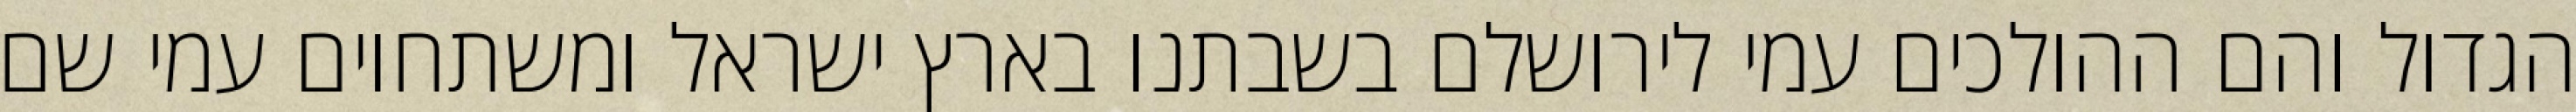
הגדול והם ההולכים עמי לירושלם בשבתנו בארץ ישראל ומשתחוים עמי שם